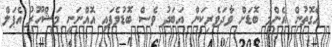
އެގޮތުން އެންމެ ބޮޑަށް ވާދަވެރިކަން އަބަދު ވެސް ބޮޑުވެފައި އޮއްނަނީ މަޝްހޫރު އެޕަލް